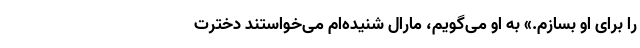
را برای او بسازم.» به او می‌گویم، مارال شنیده‌ام می‌خواستند دخترت